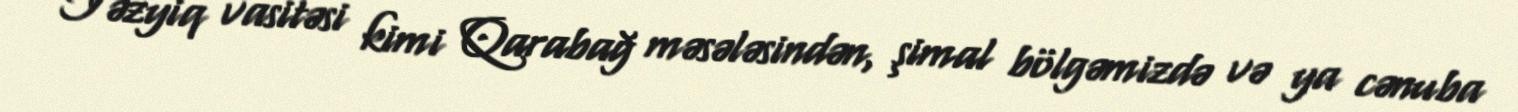
Təzyiq vasitəsi kimi Qarabağ məsələsindən, şimal bölgəmizdə və ya cənuba